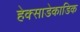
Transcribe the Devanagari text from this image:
हेक्साडेकाडिक